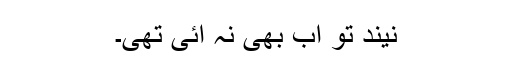
نیند تو اب بھی نہ آئی تھی۔